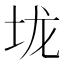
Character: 垅